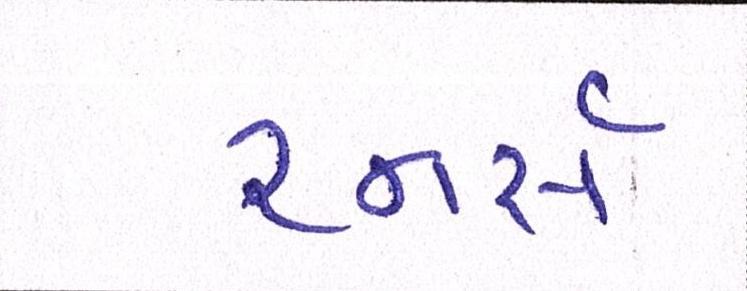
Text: રનર્સ